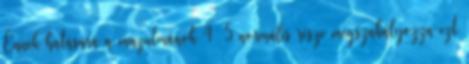
Ennek hatására a muzulmánok 4 5 normális része megszabályozza ezt